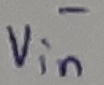
Text: -Vin